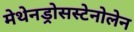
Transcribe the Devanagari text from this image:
मेथेनड्रोसस्टेनोलेन